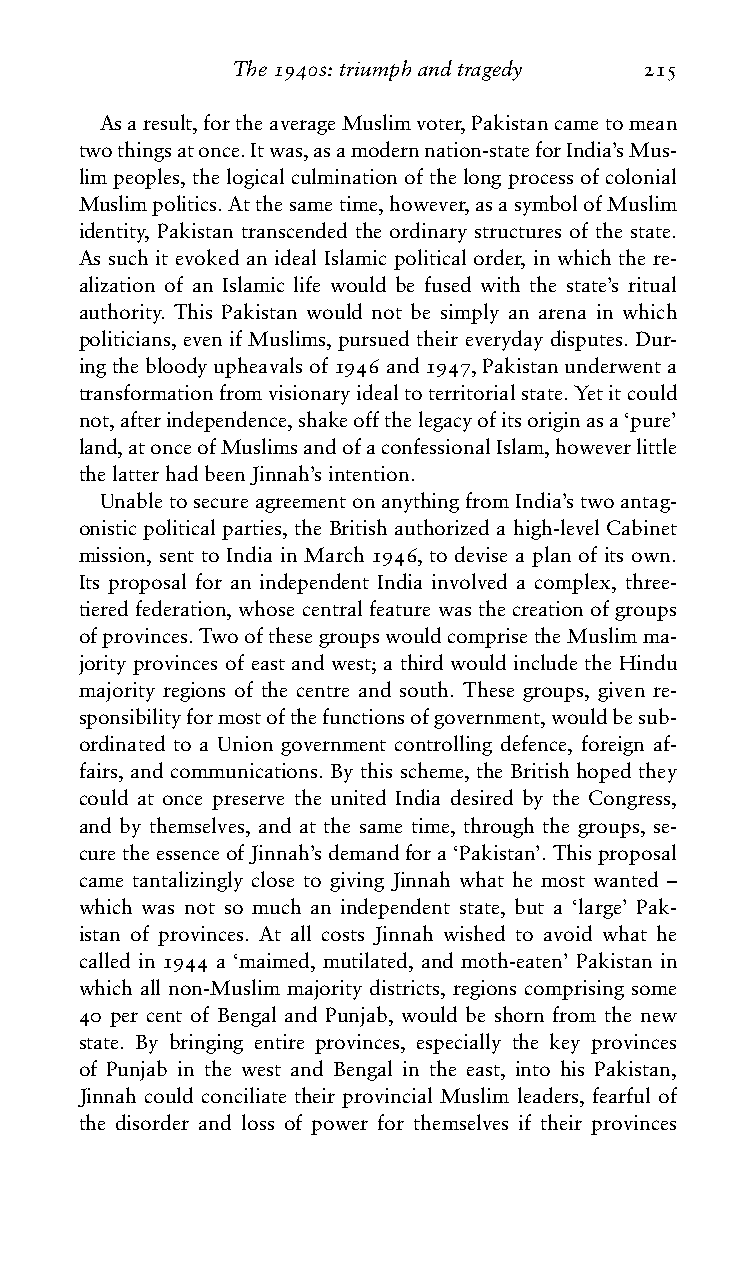
The1940s:triumphandtragedy 215
 Asaresult,fortheaverageMuslimvoter,Pakistancametomean
 twothingsatonce.Itwas,asamodernnation-stateforIndia’sMus-
 limpeoples,thelogicalculminationofthelongprocessofcolonial
 Muslimpolitics.Atthesametime,however,asasymbolofMuslim
 identity, Pakistan transcended the ordinary structures of the state.
 As such it evoked an ideal Islamic political order, in which the re-
 alization of an Islamic life would be fused with the state’s ritual
 authority. This Pakistan would not be simply an arena in which
 politicians, even if Muslims, pursued their everyday disputes. Dur-
 ingthebloodyupheavalsof1946and1947,Pakistanunderwenta
 transformationfromvisionaryidealtoterritorialstate.Yetitcould
 not,afterindependence,shakeoffthelegacyofitsoriginasa‘pure’
 land,atonceofMuslimsandofaconfessionalIslam,howeverlittle
 thelatterhadbeenJinnah’sintention.
 UnabletosecureagreementonanythingfromIndia’stwoantag-
 onistic political parties, the British authorized a high-level Cabinet
 mission, sent to India in March 1946, to devise a plan of its own.
 Its proposal for an independent India involved a complex, three-
 tieredfederation,whosecentralfeaturewasthecreationofgroups
 ofprovinces.TwoofthesegroupswouldcomprisetheMuslimma-
 jority provinces of east and west; a third would include the Hindu
 majority regions of the centre and south. These groups, given re-
 sponsibilityformostofthefunctionsofgovernment,wouldbesub-
 ordinated to a Union government controlling defence, foreign af-
 fairs, and communications. By this scheme, the British hoped they
 could at once preserve the united India desired by the Congress,
 and by themselves, and at the same time, through the groups, se-
 curetheessenceofJinnah’sdemandfora‘Pakistan’.Thisproposal
 came tantalizingly close to giving Jinnah what he most wanted –
 which was not so much an independent state, but a ‘large’ Pak-
 istan of provinces. At all costs Jinnah wished to avoid what he
 called in 1944 a ‘maimed, mutilated, and moth-eaten’ Pakistan in
 which all non-Muslim majority districts, regions comprising some
 40 per cent of Bengal and Punjab, would be shorn from the new
 state. By bringing entire provinces, especially the key provinces
 of Punjab in the west and Bengal in the east, into his Pakistan,
 Jinnah could conciliate their provincial Muslim leaders, fearful of
 the disorder and loss of power for themselves if their provinces